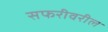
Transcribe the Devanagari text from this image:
सफरीवरील